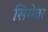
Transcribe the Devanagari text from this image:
सिमेवर